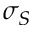
\sigma _ { S }